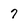
Character: 7